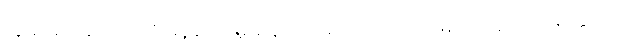
အဝေါစ၊ အဘယ်သို့ မိန့်တော်မူသနည်း။ မဟာရာဇ၊ မင်းမြတ်။ ဣမဿ စက္ကဿ၊